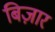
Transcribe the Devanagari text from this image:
बिज़ार